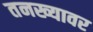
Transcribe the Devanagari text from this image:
तनख्यावर